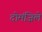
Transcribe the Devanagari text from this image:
दोमंज़िले